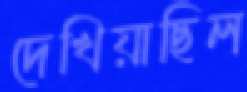
দেখিয়াছিল